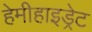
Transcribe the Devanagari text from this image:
हेमीहाइड्रेट